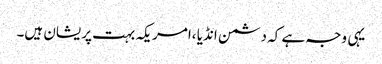
یہی وجہ ہے کہ دشمن انڈیا ،امریکہ بہت پریشان ہیں۔